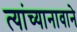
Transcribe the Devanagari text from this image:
त्यांच्यानावाने